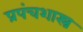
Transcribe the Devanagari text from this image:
प्रपंचशास्त्र